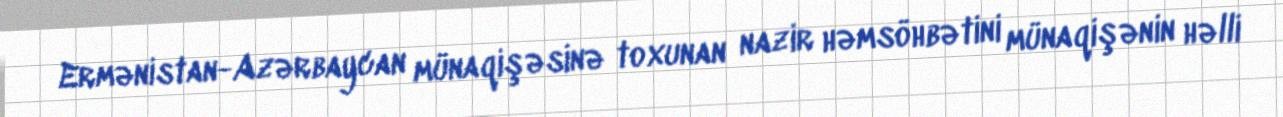
Ermənistan-Azərbaycan münaqişəsinə toxunan nazir həmsöhbətini münaqişənin həlli